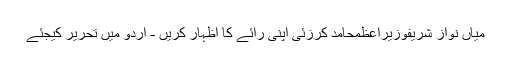
میاں نواز شریفوزیراعظمحامد کرزئی اپنی رائے کا اظہار کریں - اُردو میں تحریر کیجئے